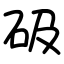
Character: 砐